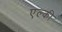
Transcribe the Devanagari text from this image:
एल्की